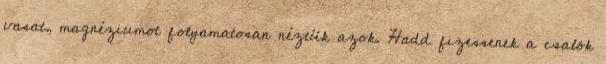
vasat, magnéziumot folyamatosan néztük azok. Hadd fizessenek a csalók